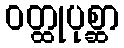
ဝတ္ထုပုစ္ဆာ